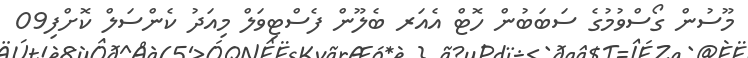
މޫސުން ގޯސްވުމުގެ ސަބަބުން ހޮޓް އެއަރ ބެލޫން ފެސްޓިވަލް މިއަދު ކެންސަލް ކޮށްފި09